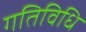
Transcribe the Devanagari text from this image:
गतिविधि